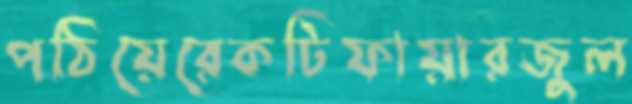
পঠিয়েরেকটিফায়ারজুল